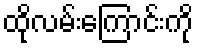
ထိုလမ်းကြောင်းကို